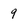
Character: 9